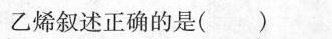
乙烯叙述正确的是()